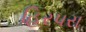
હિરપરા